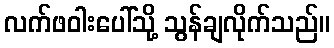
လက်ဖဝါးပေါ်သို့ သွန်ချလိုက်သည်။